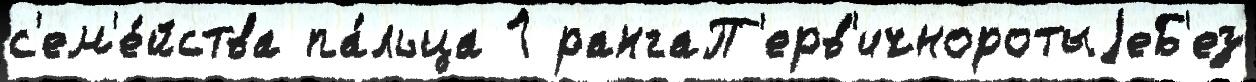
с'ем'е́йства па́льца 1 рангаП'ерв'ичноротыjеБ'ез